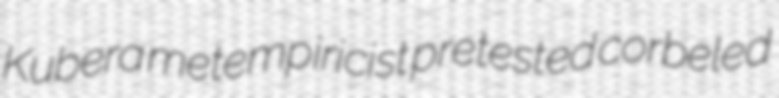
Kubera metempiricist pretested corbeled